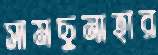
সামছুনাহার